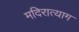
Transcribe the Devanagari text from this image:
मदिरात्याग